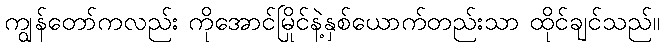
ကျွန်တော်ကလည်း ကိုအောင်မြိုင်နဲ့နှစ်ယောက်တည်းသာ ထိုင်ချင်သည်။